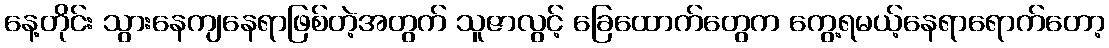
နေ့တိုင်း သွားနေကျနေရာဖြစ်တဲ့အတွက် သူဇာလွင့် ခြေထောက်တွေက ကွေ့ရမယ့်နေရာရောက်တော့